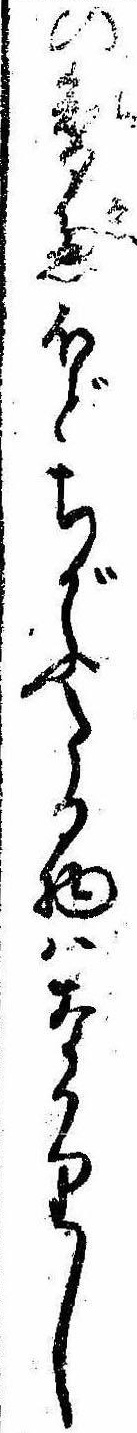
の智恵ほどちがふたる物はなかりし